General report no. 6 on the lunatic asylums, vaccination and dispensaries in the Bengal Presidency, 1873 -
Year: 1873
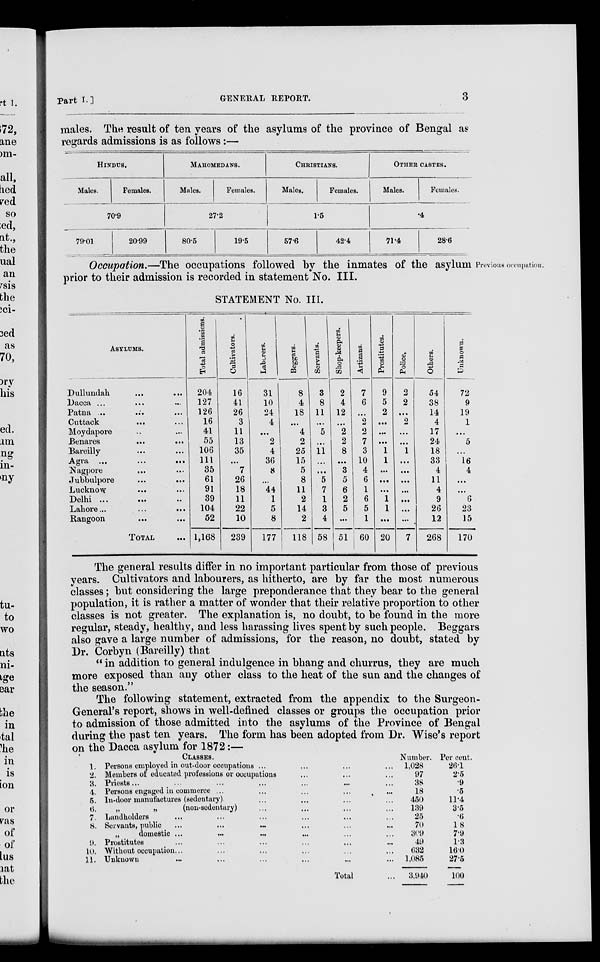
Part I.]
GENERAL REPORT.
3
males. The result of ten years of the asylums of the province of Bengal as
regards admissions is as follows :—
HINDUS.
Males.
Females.
70.9
79.01
20.99
MAHOMEDANS.
Males.
Females.
27.2
80.5
19.5
CHRISTIANS.
Males.
Females.
1.5
57.6
42.4
OTHER
Males.
CASTES.
Females.
.4
71.4
28.6
Previous occupation.
Occupation.—The occupations followed by the inmates of the asylum
prior to their admission is recorded in statement No. III.
STATEMENT No. III.
ASYLUMS.
Dullundah
...
...
Dacca
...
...
...
Patna ... ... ...
Cuttack
... ...
Moydapore ... ...
Benares
... ...
Bareilly... ...
Agra
...
...
...
Nagpore ... ...
Jubbulpore
...
...
Lucknow ... ...
Delhi ... ... ...
Lahore...
...
...
Rangoon ... ...
TOTAL
Total admissions.
204
127
126
16
41
55
106
111
35
61
91
39
104
52
1,168
Cultivators.
16
41
26
3
11
13
35
...
7
26
18
11
22
10
239
Laborers.
31
10
24
4
...
2
4
36
8
...
44
1
5
8
177
Beggars.
8
4
18
...
4
2
25
15
5
8
11
2
14
2
118
Servants.
3
8
11
...
5
...
11
...
...
5
7
1
3
4
58
Shop-keepers.
2
4
12
...
2
2
8
...
3
5
6
2
5
...
51
Artizans.
7
6
...
2
2
7
3
10
4
6
1
6
5
1
60
Prostitutes.
9
5
2
...
...
...
1
1
...
...
...
1
1
...
20
Police.
2
2
...
2
...
...
1
...
...
...
...
...
...
...
7
Others.
54
38
14
4
17
24
18
33
4
11
4
9
26
12
268
Unknown.
72
9
19
1
...
5
...
16
4
...
...
6
23
15
170
The general results differ in no important particular from those of previous
years. Cultivators and labourers, as hitherto, are by far the most numerous
classes; but considering the large preponderance that they bear to the general
population, it is rather a matter of wonder that their relative proportion to other
classes is not greater. The explanation is, no doubt, to be found in the more
regular, steady, healthy, and less harassing lives spent by such people. Beggars
also gave a large number of admissions, for the reason, no doubt, stated by
Dr. Corbyn (Bareilly) that
" in addition to general indulgence in bhang and churrus, they are much
more exposed than any other class to the heat of the sun and the changes of
the season."
The following statement, extracted from the appendix to the Surgeon¬
General's report, shows in well-defined classes or groups the occupation prior
to admission of those admitted into the asylums of the Province of Bengal
during the past ten years. The form has been adopted from Dr. Wise's report
on the Dacca asylum for 1872:—
1.
2.
3.
4.
5.
6.
7.
8.
9.
10.
11.
CLASSES.
Persons employed in out-door occupations ... ... ... ...
Members of educated professions or occupations ... ... ...
Priests... ... ... ... ... ... ...
Persons engaged in commerce ... ... ... ... ...
In-door manufactures (sedentary) ... ... ... ...
„
„
(non-sedentary)
...
...
...
...
Landholders ... ... ... ... ... ...
Servants, public ... ... ... ... ... ...
„
domestic ... ... ... ... ... ...
Prostitutes ... ... ... ... ... ...
Without occupation... ... ... ... ... ...
Unknown ... ... ... ... ... ...
Total ...
Number.
1,028
97
38
18
450
139
25
70
309
49
632
1,085
3,940
Per cent.
26.1
2.5
.9
.5
11.4
3.5
.6
1.8
7.9
1.3
16.0
275
100